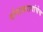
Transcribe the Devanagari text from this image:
गोपाळरावांचेच